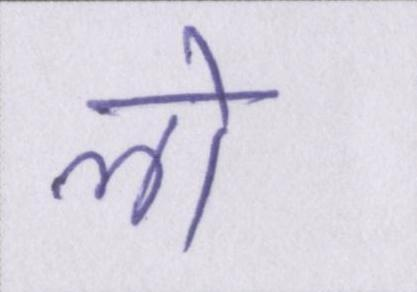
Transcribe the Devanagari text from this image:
लो